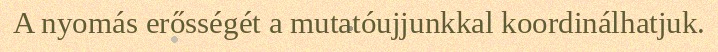
A nyomás erősségét a mutatóujjunkkal koordinálhatjuk.